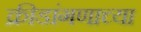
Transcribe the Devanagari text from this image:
क्रीडांगणाच्या